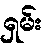
ရှမ်း